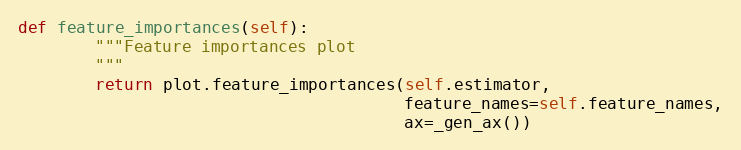
Language: Python
def feature_importances(self):
        """Feature importances plot
        """
        return plot.feature_importances(self.estimator,
                                        feature_names=self.feature_names,
                                        ax=_gen_ax())